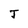
Character: J